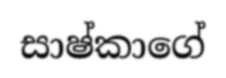
සාෂ්කාගේ